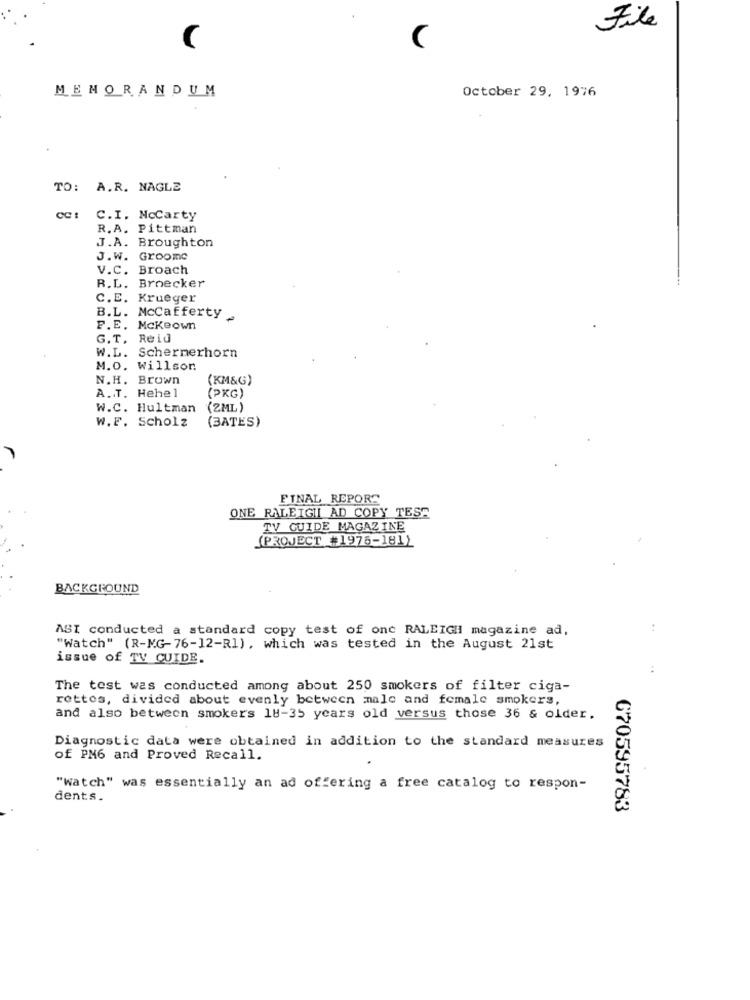
File
C
MEMORANDUM
October 29, 1976
TO: A.R. NAGLE
C.I. Mccarty
R.A. Pittman
J.A. Broughton
J.W. Groomc
V.C. Broach
R.L. Broecker
C.E. Krueger
B.L. Mccafferty
F.E. Mckeown
G.T. Reid
W.L. Schermerhorn
M.O. Willson
N.H. Brown
(KM&G)
(PKG)
A.T. Hehel
W.C. Hultman
(2ML )
W.F. Scholz
(BATES)
FINAL REPORT
ONE RALEIGHI AD COPY TESE
TV GUIDE MAGAZINE
(PROJECT #1976-181)
BACKGROUND
ASI conducted a standard copy test of one RALEIGH magazine ad,
..
"Watch" (R-MG- 76-12-Rl) , which was tested in the August 21st
issue of TV CUIDE,
The test was conducted among about 250 smokers of filter ciga-
rettes, divided about evenly between male and female smokers,
and also between smokers 18-35 years old versus those 36 & older.
Diagnostic data were obtained in addition to the standard measures
of PM6 and Proved Recall.
"watch" was essentially an ad offering a free catalog to respon-
dents.
670595783